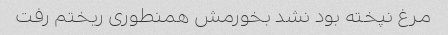
مرغ نپخته بود نشد بخورمش همنطوری ریختم رفت